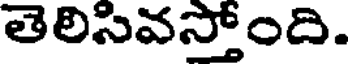
తెలిసివస్తోంది.